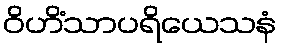
ဝိဟိံသာပရိယေသနံ